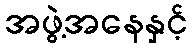
အဖွဲ့အနေနှင့်